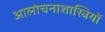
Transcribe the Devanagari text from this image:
आलोचनाशास्त्रियों